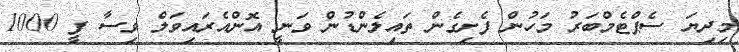
މިދިޔަ ސެޕްޓެމްބަރު މަހުން ފެށިގެން ތައިލެންޑުން ވަނީ އޮންއެރައިވަލް ވިސާ ފީ 1000